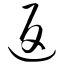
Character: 返